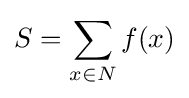
S=\sum _{x\in N}f(x)